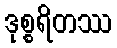
ဒုစ္စရိတဿ